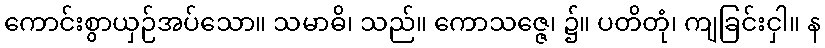
ကောင်းစွာယှဉ်အပ်သော။ သမာဓိ၊ သည်။ ကောသဇ္ဇေ၊ ၌။ ပတိတုံ၊ ကျခြင်းငှါ။ န